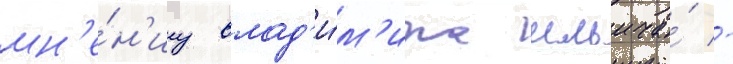
мн'е́н'иу влад'и́м'ира ильича́ -